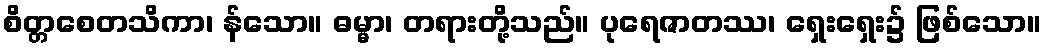
စိတ္တစေတသိကာ၊ န်သော။ ဓမ္မာ၊ တရားတို့သည်။ ပုရေဇာတဿ၊ ရှေးရှေး၌ ဖြစ်သော။